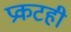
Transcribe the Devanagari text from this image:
प्रकटही